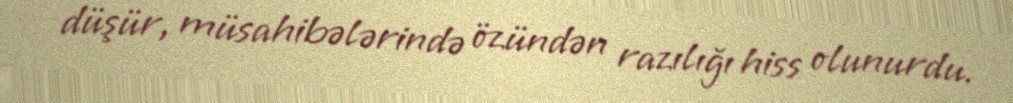
düşür, müsahibələrində özündən razılığı hiss olunurdu.